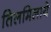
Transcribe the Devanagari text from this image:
तिलमिलाये